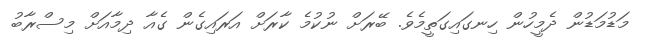
މަޑުމަޑުން ދެމީހުން ހިނގައިގަތީމެވެ. ބޭރަށް ނުކުމެ ކާރަށް އަރައިގެން ގެއާ ދިމާއަށް މިސްރާބު